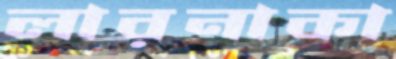
লারনাকা